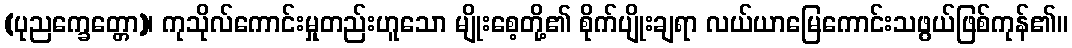
(ပုညက္ခေတ္တော)၊ ကုသိုလ်ကောင်းမှုတည်းဟူသော မျိုးစေ့တို့၏ စိုက်ပျိုးချရာ လယ်ယာမြေကောင်းသဖွယ်ဖြစ်ကုန်၏။